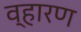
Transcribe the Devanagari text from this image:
व्हारण